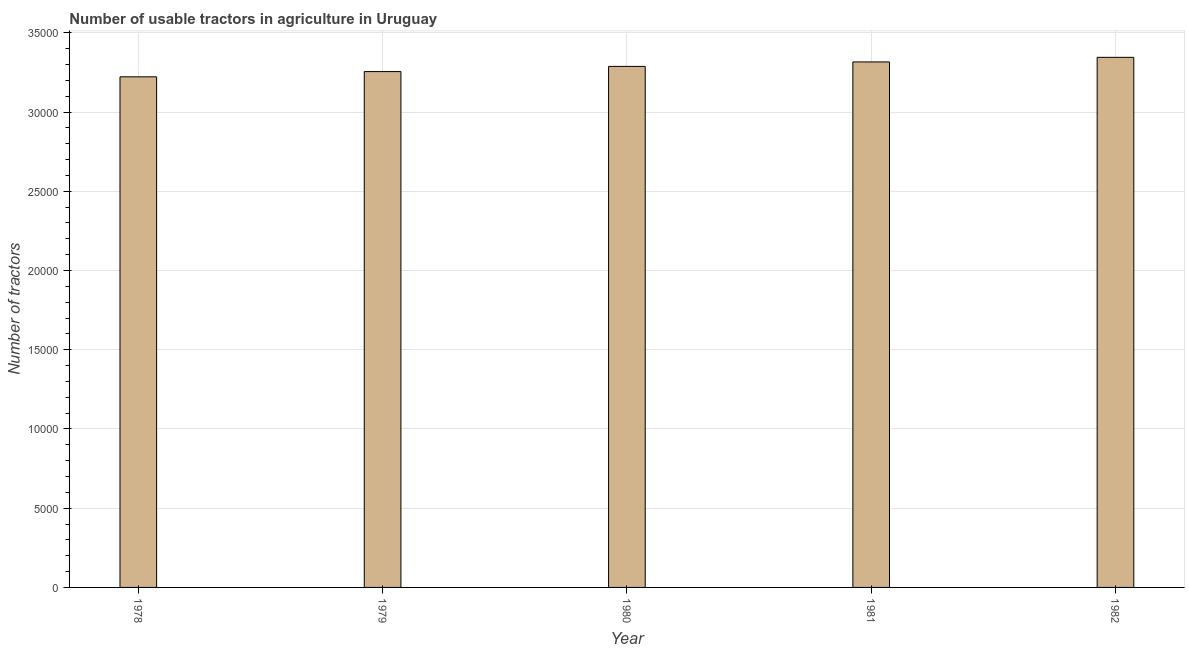
| Year | Agricultural machinery |
 | --- | --- |
 | 1978 | 3.22e+04 |
 | 1979 | 3.26e+04 |
 | 1980 | 3.29e+04 |
 | 1981 | 3.32e+04 |
 | 1982 | 3.34e+04 |